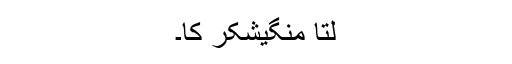
لتا منگیشکر کا۔